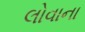
લોવાના